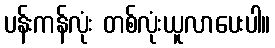
ပန်းကန်လုံး တစ်လုံးယူလာပေးပါ။